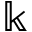
\Bbbk